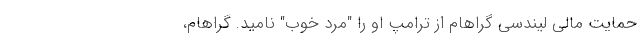
حمایت مالی لیندسی گراهام از ترامپ او را "مرد خوب" نامید. گراهام،